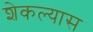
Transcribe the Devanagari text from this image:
शेकल्यास